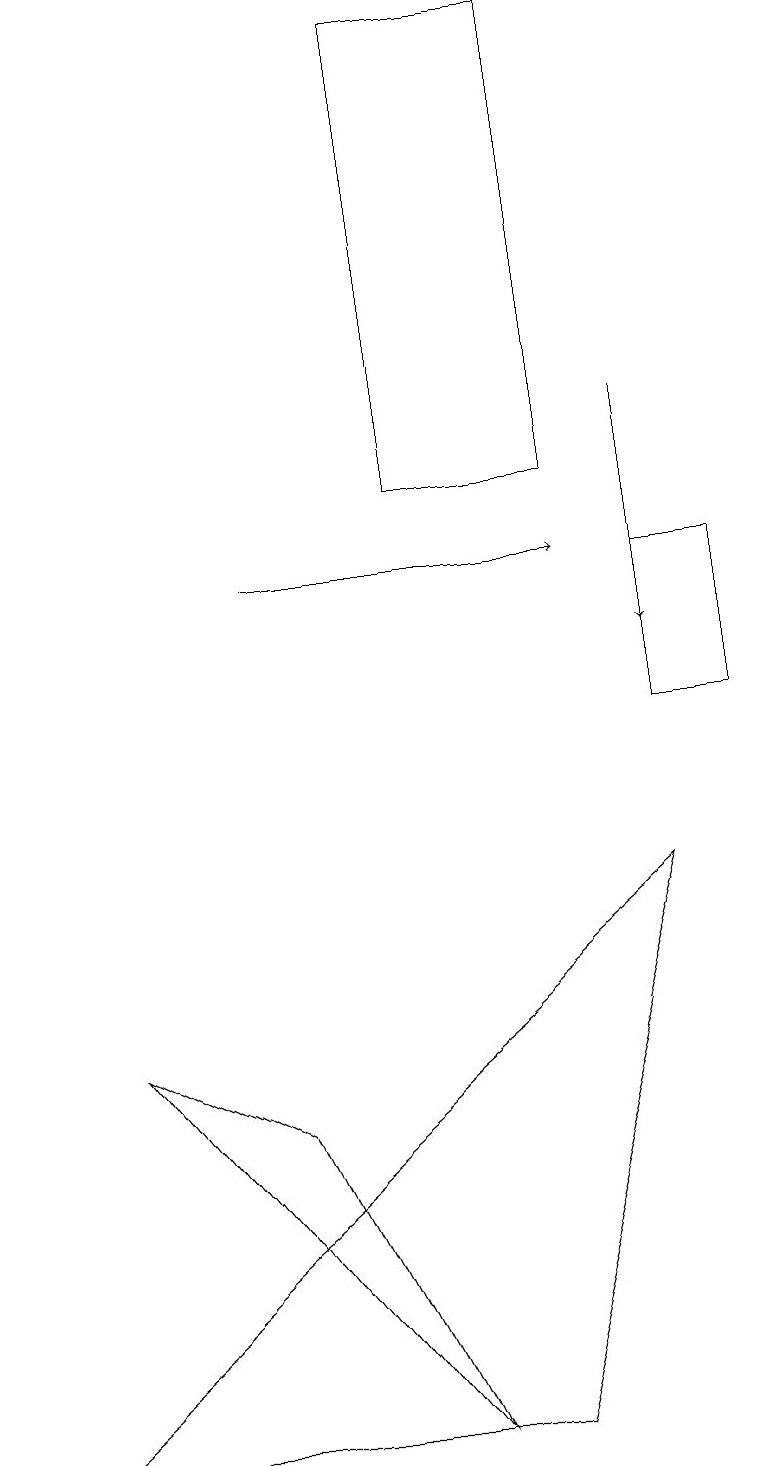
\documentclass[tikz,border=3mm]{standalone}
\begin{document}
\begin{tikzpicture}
\draw (0,1) -- (8,8) -- (6,1) -- cycle;
\draw (5,19) rectangle (7,13);
\draw[->] (8,14) -- (8,11);
\draw (3,5) -- (5,1) -- (1,6) -- cycle;
\draw[->] (3,12) -- (7,12);
\draw (8,12) rectangle (9,10);
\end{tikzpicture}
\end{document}